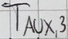
Text: TAUX,3